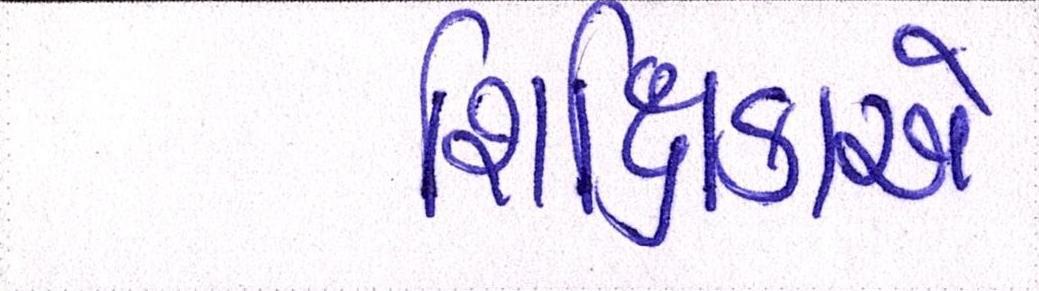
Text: શિક્ષિકાએ